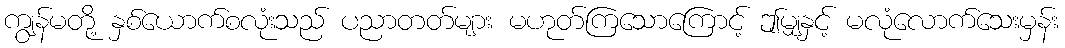
ကျွန်မတို့ နှစ်ယောက်စလုံးသည် ပညာတတ်များ မဟုတ်ကြသောကြောင့် ဤမျှနှင့် မလုံလောက်သေးမှန်း